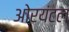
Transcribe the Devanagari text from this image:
ओरयंटल